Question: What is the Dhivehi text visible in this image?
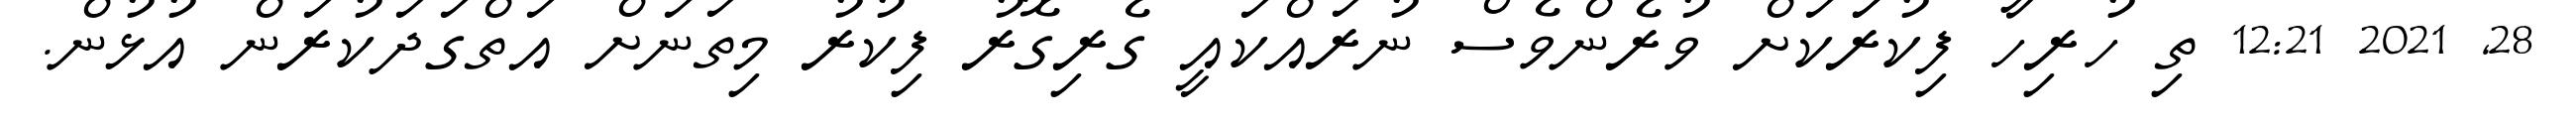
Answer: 28, 2021 12:21 ތި ހުރިހާ ފިކުރަަކަށް ވުރެންވެސް ނުރައްކައީ ގެރިގޮރު ފިކުރު މިތަނަށް އަތްގަދަކުރަން އުޅުން.